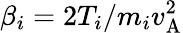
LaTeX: \beta_{i}=2T_{i}/m_{i}v_{\mathrm{A}}^{2}